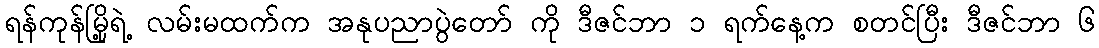
ရန်ကုန်မြို့ရဲ့ လမ်းမထက်က အနုပညာပွဲတော် ကို ဒီဇင်ဘာ ၁ ရက်နေ့က စတင်ပြီး ဒီဇင်ဘာ ၆